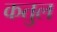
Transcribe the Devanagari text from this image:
कतुल